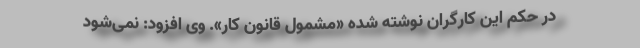
در حکم این کارگران نوشته شده «مشمول قانون کار». وی افزود: نمی‌شود